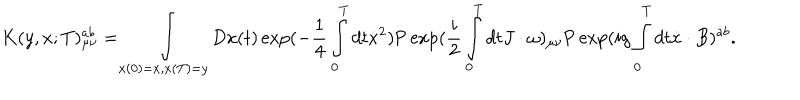
LaTeX: K ( y , x ; T ) _ { \mu \nu } ^ { a b } = \int _ { x ( 0 ) = x , x ( T ) = y } { D x ( t ) \exp ( - \frac { 1 } { 4 } \int _ { 0 } ^ { T } { d t \dot { x } ^ { 2 } } } ) \mathrm { P } \exp ( \frac { i } { 2 } \int _ { 0 } ^ { T } { d t J \cdot \omega ) _ { \mu \nu } } \mathrm { P } \exp ( i g \int _ { 0 } ^ { T } { d t \dot { x } \cdot B ) ^ { a b } } .